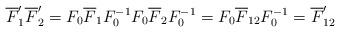
LaTeX: \begin{align*}\overline{F}'_1\overline{F}'_2=F_0 \overline{F}_1 F^{-1}_0 F_0 \overline{F}_2 F^{-1}_0=F_0\overline{F}_{12}F^{-1}_0=\overline{F}'_{12}\end{align*}